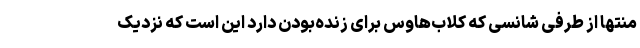
منتها از طرفی شانسی که کلاب‌هاوس برای زنده‌بودن دارد این است که نزدیک